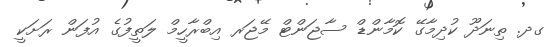
ގދ. ތިނަދޫ ކުދިމާގޭ ކޮމާންޑް ސާޖަންޓް މޭޖަރ އިބްރާހީމް ލަތީފުގެ އުފަން ރަށަކީ